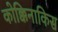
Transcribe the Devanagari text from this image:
कोक्किनाकिस